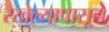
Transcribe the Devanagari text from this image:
रखेल्यापासून